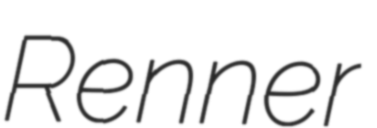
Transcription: Renner